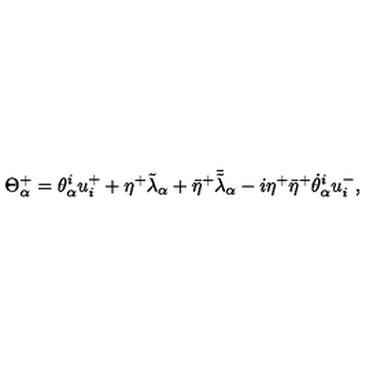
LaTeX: \Theta _ { \alpha } ^ { + } = \theta _ { \alpha } ^ { i } u _ { i } ^ { + } + \eta ^ { + } \tilde { \lambda } _ { \alpha } + { \bar { \eta } } ^ { + } { \bar { \tilde { \lambda } } } _ { \alpha } - i \eta ^ { + } { \bar { \eta } } ^ { + } { \dot { \theta } } _ { \alpha } ^ { i } u _ { i } ^ { - } ,